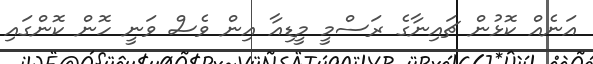
އަނެއް ކޮޅުން ޗައިނާގެ ރަސްމީ މީޑިއާ އިން ވެސް ވަނީ ހޮން ކޮންގައި